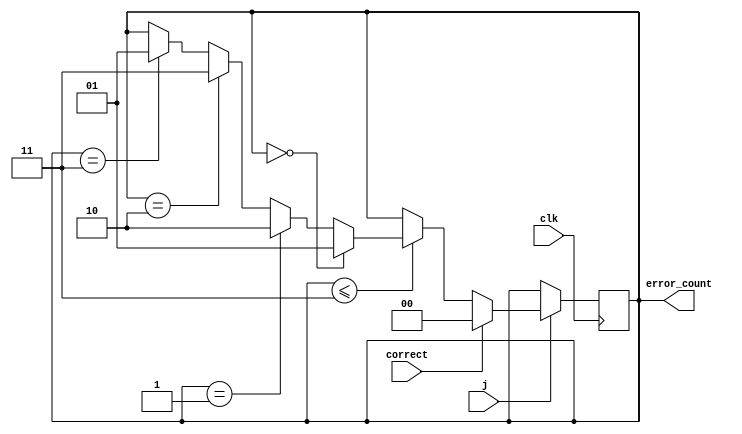
// 
module error_counter(
	input j,	// 
	input clk,
    input correct,
    output reg [1:0] error_count
);
    always @(posedge clk) begin
		if (j) begin
        	if (correct) begin
           		error_count <= 2'b00;
	       	end else if (error_count <= 2'b11) begin
    	    	if (error_count == 2'b00) begin
					error_count <= 2'b01;
				end else if (error_count == 2'b01) begin
					error_count <= 2'b10;
				end else if (error_count == 2'b10) begin
					error_count <= 2'b11;
				end else if (error_count == 2'b11) begin
					error_count <= 2'b01;
				end
			end
		end
	end
endmodule